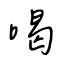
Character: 喝